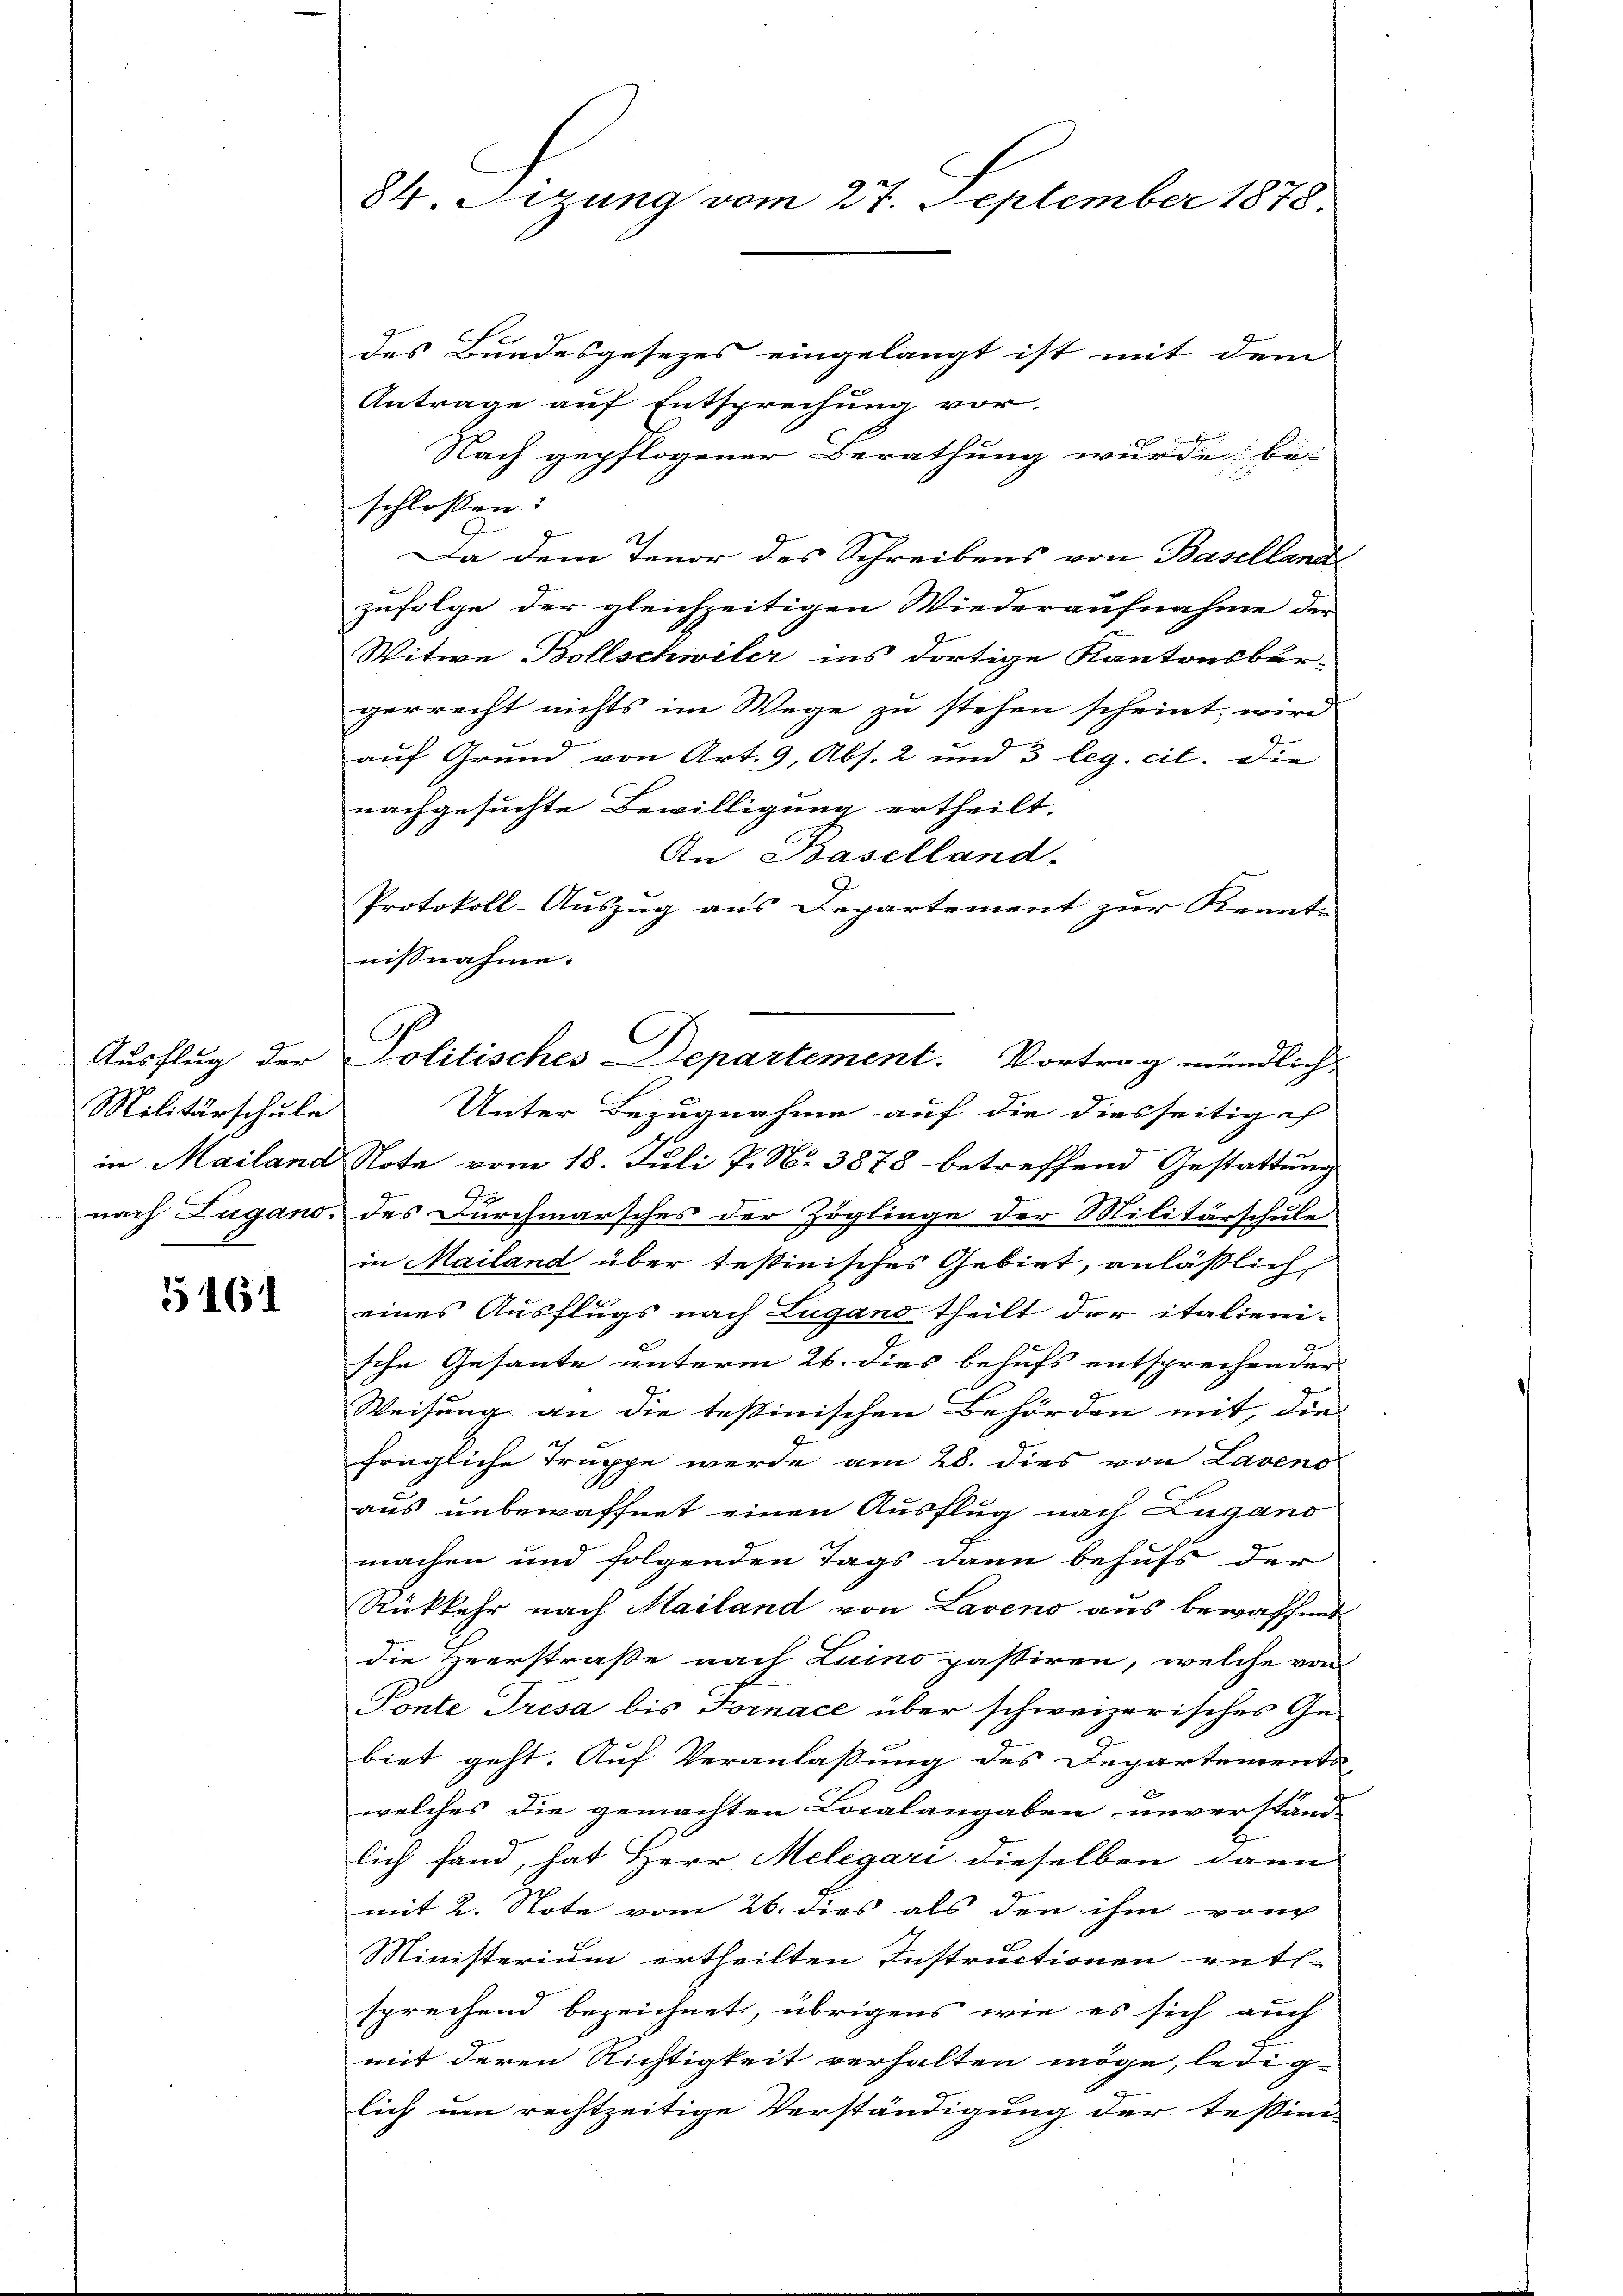
Ausflug der
Militärschule
in Mailand

5161

84. Sizung vom 27. September 1878.

des Bundesgesezes eingelangt ist mit dem
e
f
Antrage auf Entsprechung vor.
Nach gepflogener Berathung wurde be-
schlossen: |
Da dem Tenor des Schreibens von Basellande
zufolge der gleichzeitigen Wiederaufnahme der
Witwe Bollschwiler ins dortige Kantonsbur-
gerrecht nichts im Wege zu stehen scheint, wird
auf Grund von Art. 9, Abs. 2 und 3 leg. cit. Die
nachgesuchte Bewilligung ertheilt.
An Baselland-
Protokoll-Auszug aus Departement zur Kennt-
nisnahme.
Unter Bezugnahme auf die diesseitige
Note vom 18. Juli P. Nr. 3878 betreffend Gestattung
nach Lugano, des Durchmarsches der Zöglinge der Militärschule
in Mailand über testinisches Gebiet, anläßlich,
eines Ausflugs nach Lugano theilt der italieni-
sche Gesante unterm 26. dies behufs entsprechender
2
Weisung an die testinischen Behörden mit, die
fragliche Truppe werde am 28. dies von Laveno
aus unbewaffnet einen Ausflug nach Lugano
machen und folgenden Tags dann behufs der
Rükkehr nach Mailand von Laveno aus bewaffnet
die Heerstraße nach Luino passiren, welche von
Pönte Tresa bis Fornace über schweizerisches Ge-
biet geht. Auf Veranlassung des Departements-

welches die gemachten Localangaben unverständ-
lich fand, hat Herr Melegari dieselben dann
mit 2. Note vom 26. dies als den ihm von
Ministerium ertheilten Instructionen entl.
sprechend bezeichnet, übrigens wie es sich auch
mit deren Richtigkeit verhalten möge, ledig-
lich um rechtzeitige Verständigung der Tessini-

Politisches Departement. Vortrag mündlich